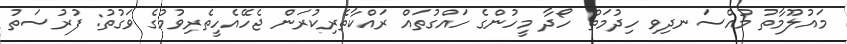
މައުލޫމާތު މުއްސަނދިވި ހިދުމަތް ހޯދާ މީހުންގެ ހައްގުތައް ރައްކާތެރިކުރަން ޖެހޭއެހީތެރިވުމުގެ ވަގުތު: ފުރުސަތު